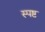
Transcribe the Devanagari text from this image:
स्‍पष्ट